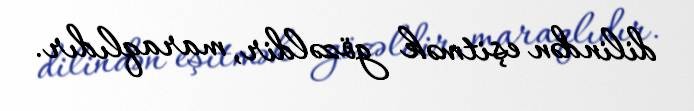
dilindən eşitmək gözəldir, maraqlıdır.